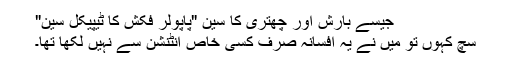
جیسے بارش اور چھتری کا سین "پاپولر فکش کا ٹیپیکل سین"
سچ کہوں تو میں نے یہ افسانہ صرف کسی خاص انٹنشن سے نہیں لکھا تھا۔